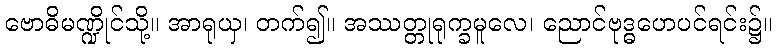
ဗောဓိမဏ္ဍိုင်သို့။ အာရုယှ၊ တက်၍။ အဿတ္တုရုက္ခမူလေ၊ ညောင်ဗုဒ္ဓဟေပင်ရင်း၌။